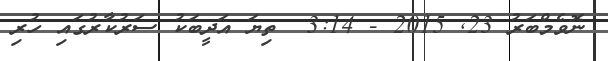
ނޮވެމްބަރު 23